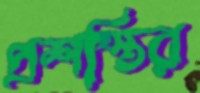
প্রশস্তির